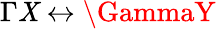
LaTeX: \Gamma\mathit{X}\leftrightarrow\GammaY